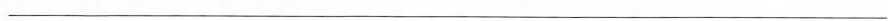
___